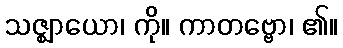
သဇ္ဈာယော၊ ကို။ ကာတဗ္ဗော၊ ၏။